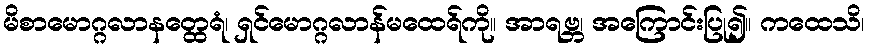
မိစာမောဂ္ဂလာနတ္ထေရံ၊ ရှင်မောဂ္ဂလာန်မထေရ်ကို။ အာရဗ္ဘ၊ အကြောင်းပြု၍။ ကထေသိ၊